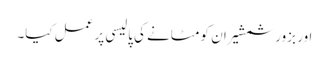
اور بزور شمشیر ان کو مٹانے کی پالیسی پر عمل کیا۔